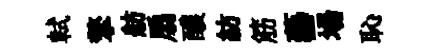
軾擎舫扇醲紡筋藝場恥